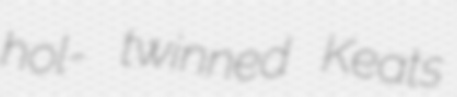
hol- twinned Keats